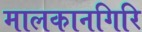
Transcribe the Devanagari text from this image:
मालकानगिरि